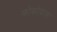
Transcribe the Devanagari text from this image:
कोकोवाक